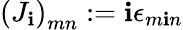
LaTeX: \left(J_{\mathbf{i}}\right)_{mn}:=\mathbf{i}\epsilon_{m\mathbf{i}n}